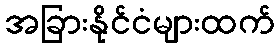
အခြားနိုင်ငံများထက်